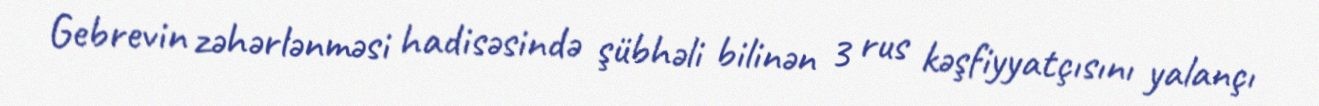
Gebrevin zəhərlənməsi hadisəsində şübhəli bilinən 3 rus kəşfiyyatçısını yalançı